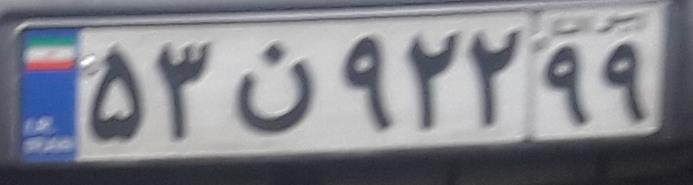
۵۳ن۹۲۲۹۹